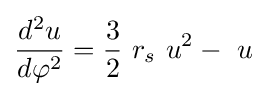
{d^{2}u \over d\varphi ^{2}}={\frac {3}{2}}\ r_{s}\ u^{2}-\ u